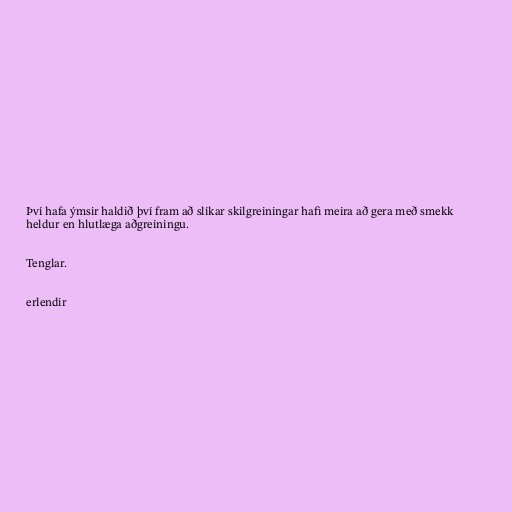
Því hafa ýmsir haldið því fram að slíkar skilgreiningar hafi meira að gera með smekk
heldur en hlutlæga aðgreiningu.

Tenglar.

erlendir